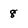
Character: 8